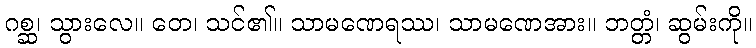
ဂစ္ဆ၊ သွားလေ။ တေ၊ သင်၏။ သာမဏေရဿ၊ သာမဏေအား။ ဘတ္တံ၊ ဆွမ်းကို။